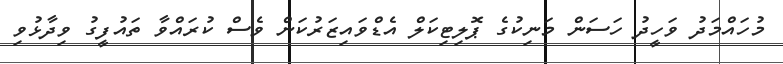
މުހައްމަދު ވަހީދު ހަސަން މަނިކުގެ ޕޮލިޓިކަލް އެޑްވައިޒަރުކަން ވެސް ކުރައްވާ ތައުފީގު ވިދާޅުވި